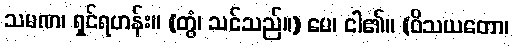
သမဏ၊ ရှင်ရဟန်း။ (တွံ၊ သင်သည်။) မေ၊ ငါ၏။ (ဝိသယတော၊